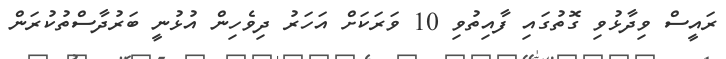
ރައީސް ވިދާޅުވި ގޮތުގައި ފާއިތުވި 10 ވަރަކަށް އަހަރު ދިވެހިން އުޅުނީ ބަރުދާސްތުކުރަން